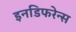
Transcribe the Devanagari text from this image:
इनडिफरेन्स